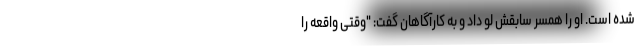
شده است. او را همسر سابقش لو داد و به کارآگاهان گفت: "وقتی واقعه را